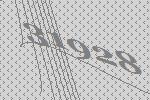
31928